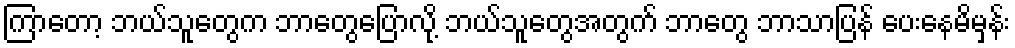
ကြာတော့ ဘယ်သူတွေက ဘာတွေပြောလို့ ဘယ်သူတွေအတွက် ဘာတွေ ဘာသာပြန် ပေးနေမိမှန်း